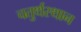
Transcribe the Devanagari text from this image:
चतुर्थस्थान